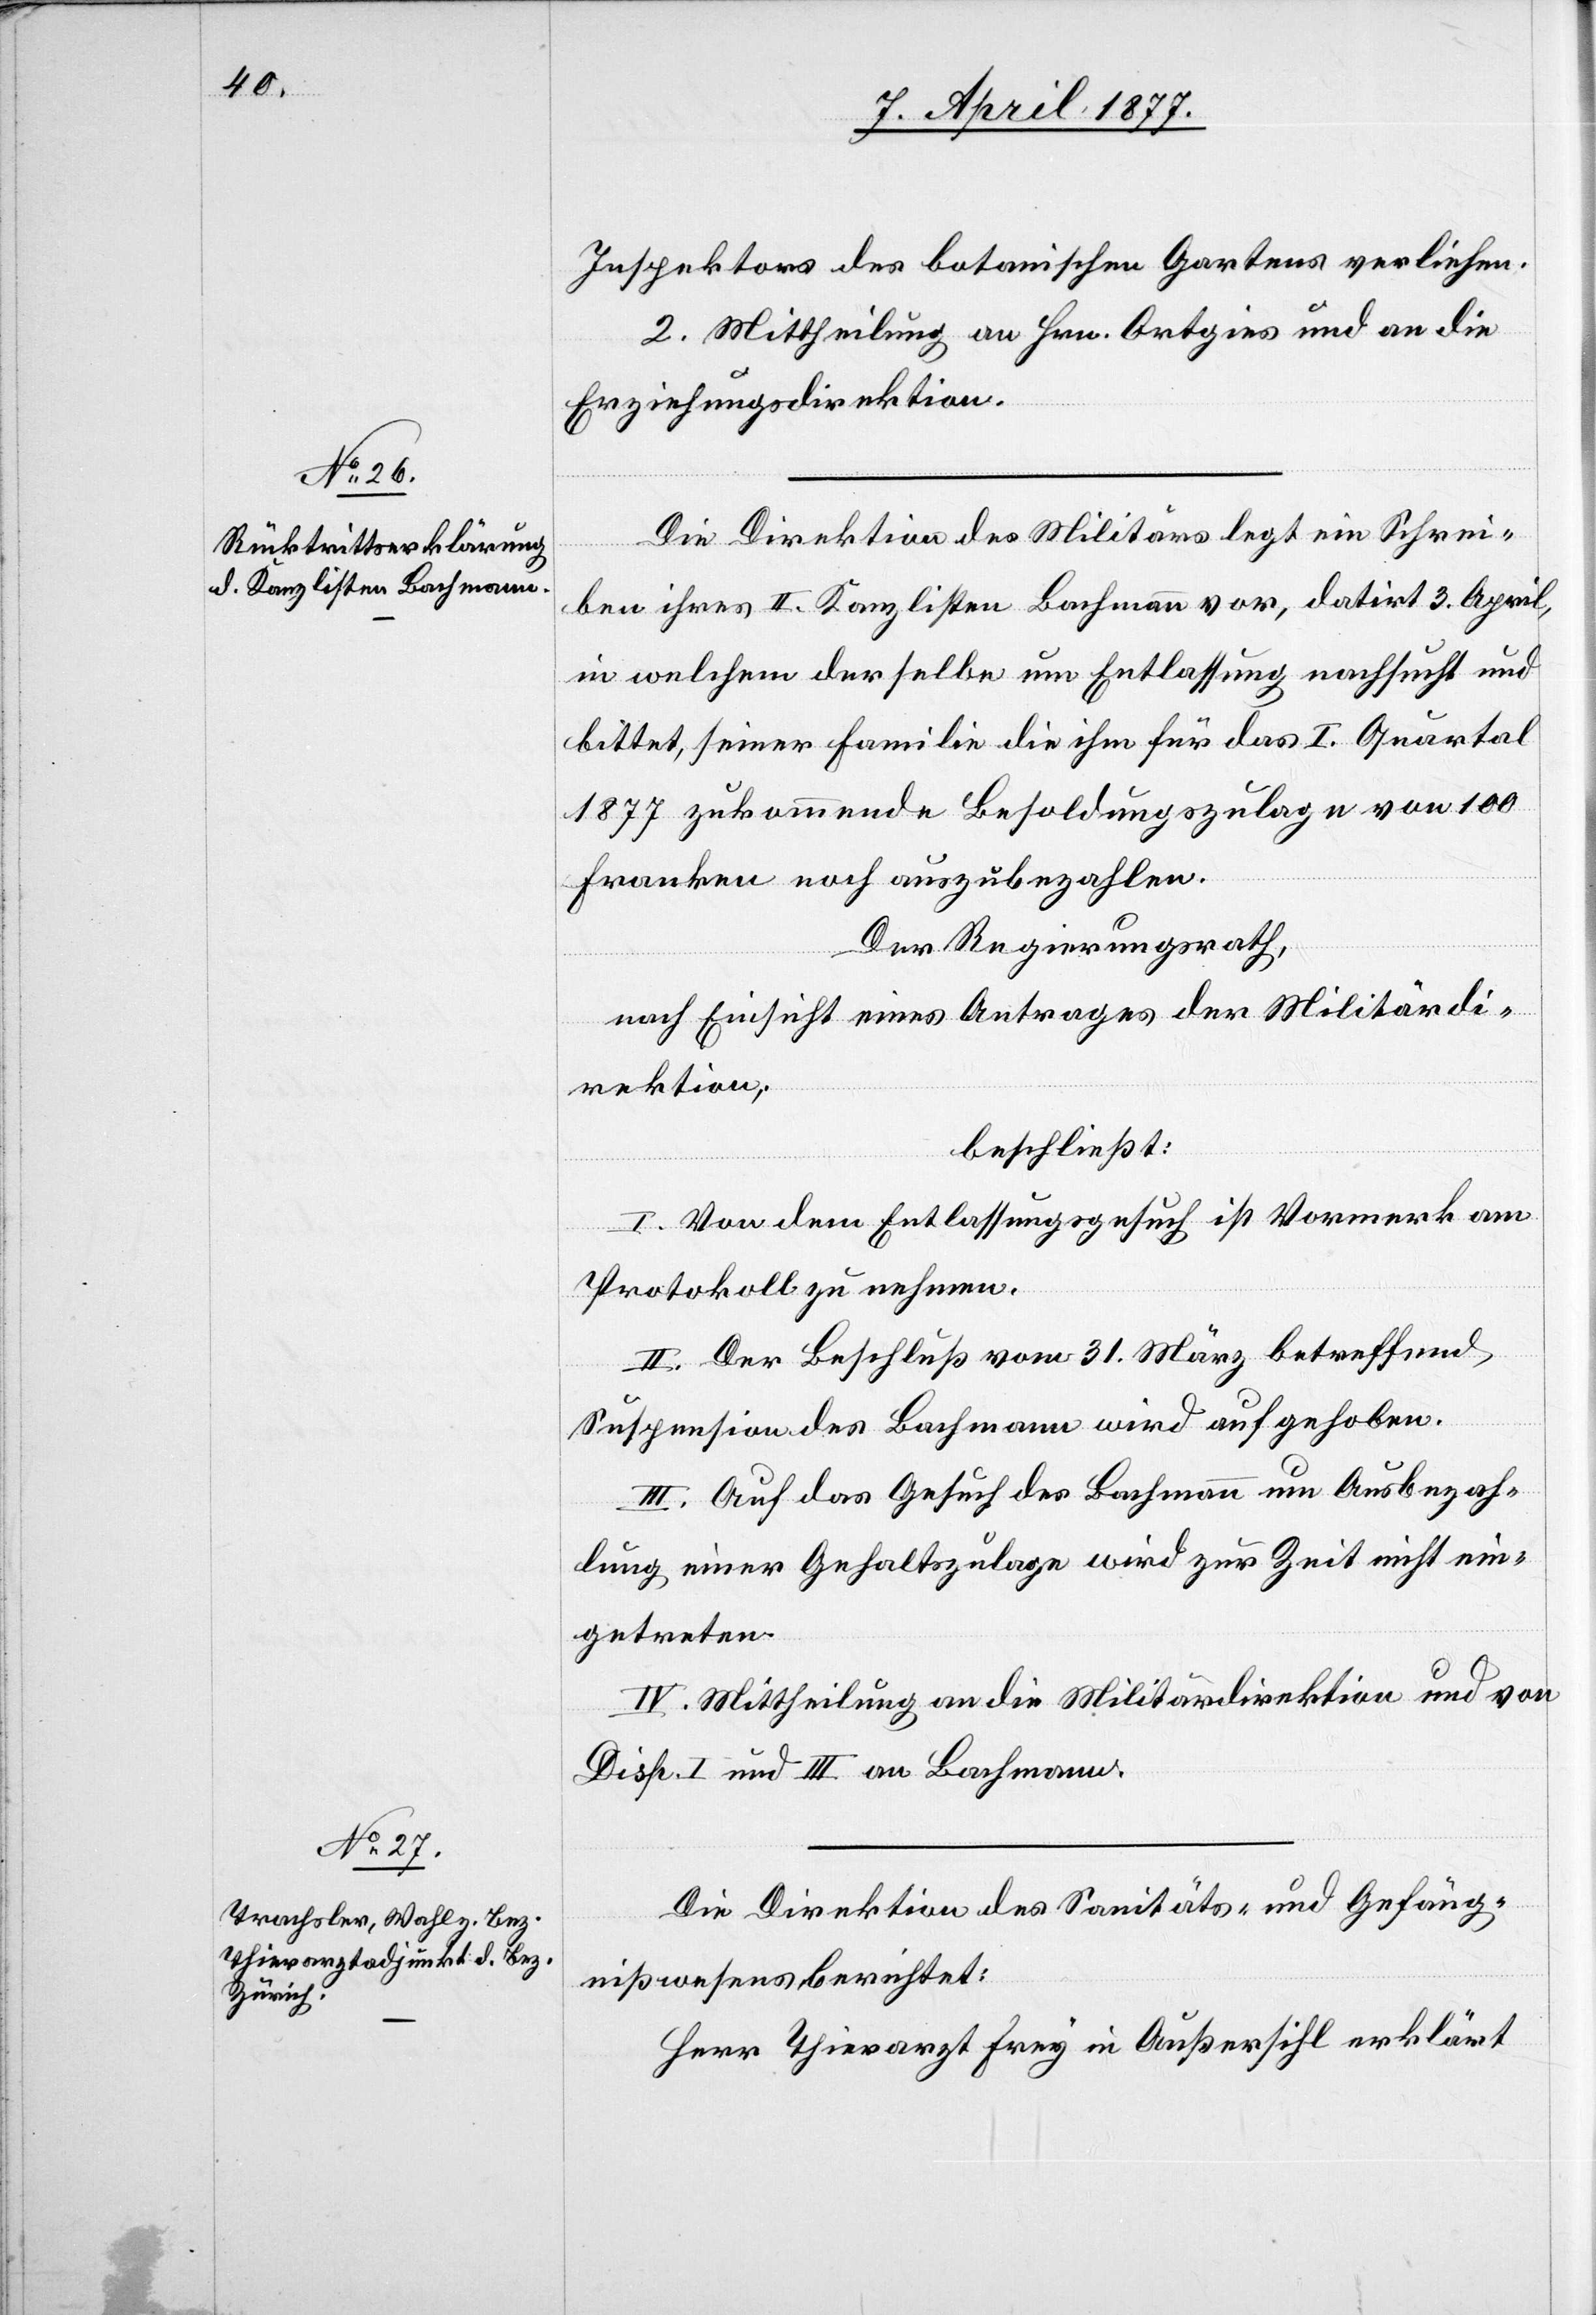
Inspektors des botanischen Gartens verliehen.
2. Mittheilung an Hrn. Ortgies und an die
Erziehungsdirektion.
Die Direktion des Militärs legt ein Schrei¬
ben ihres II. Kanzlisten Bachmann vor, datirt 3. April,
in welchem derselbe um Entlassung nachsucht und
bittet, seiner Familie die ihm für das I. Quartal
1877 zukommende Besoldungszulage von 100
Franken noch auszubezahlen.
Der Regierungsrath,
nach Einsicht eines Antrages der Militärdi¬
rektion,
beschließt:
I. Von dem Entlassungsgesuch ist Vormerk am
Protokoll zu nehmen.
II. Der Beschluß vom 31. März betreffend
Suspension des Bachmann wird aufgehoben.
III. Auf das Gesuch des Bachmann um Ausbezah¬
lung einer Gehaltszulage wird zur Zeit nicht ein¬
getreten.
IV. Mittheilung an die Militärdirektion und von
Disp. I und III an Bachmann.
Die Direktion des Sanitäts- und Gefäng¬
nißwesens berichtet:
Herr Thierarzt Frey in Außersihl erklärt